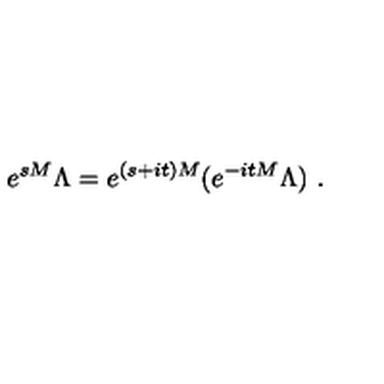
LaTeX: e ^ { s M } \Lambda = e ^ { ( s + i t ) M } ( e ^ { - i t M } \Lambda ) \ .